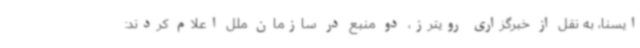
ایسنا، به نقل از خبرگزاری رویترز، دو منبع در سازمان ملل اعلام کردند: